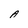
Character: A